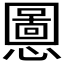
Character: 𫻒